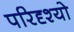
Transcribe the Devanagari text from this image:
परिदृश्‍यो